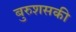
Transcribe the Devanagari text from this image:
बुरुशसकी